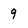
Character: 9